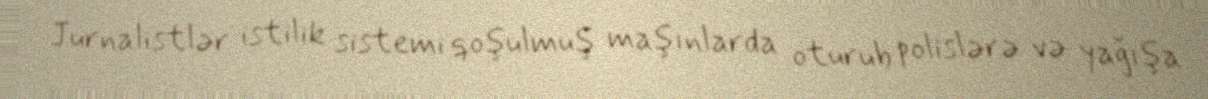
Jurnalistlər istilik sistemi qoşulmuş maşınlarda oturub polislərə və yağışa